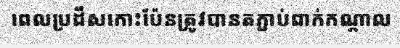
ពេលប្រដឹសកោះប៉ែនត្រូវបានតភ្ជាប់ពាក់កណ្តាល